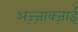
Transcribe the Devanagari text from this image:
अज़्ज़ाक्ज़ाई